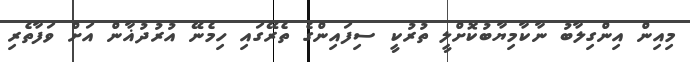
މިއިން އިންގިލާބު ނާކާމިޔާބުކޮށްލީ ތުރުކީ ސިފައިންގެ ތެރޭގައި ހިމެނޭ އުރުދުޣާން އަށް ވަފާތެރި